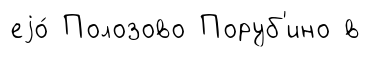
еjо́ Полозово Поруб'ино в